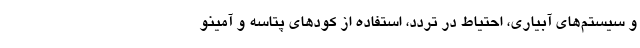
و سیستم‌های آبیاری، احتیاط در تردد، استفاده از کود‌های پتاسه و آمینو